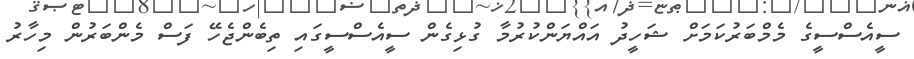
ސީއެސްސީގެ މެމްބަރުކަމަށް ޝަހީދު އައްޔަންކުރުމާ ގުޅިގެން ސީއެސްސީގައި ތިބެންޖެހޭ ފަސް މެންބަރުން މިހާރު